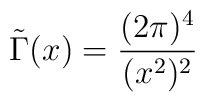
\tilde {\Gamma} (x) = \frac{(2\pi)^4}{(x^2)^2}